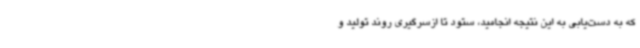
که به دست‌یابی به این نتیجه انجامید، ستود تا ازسرگیری روند تولید و